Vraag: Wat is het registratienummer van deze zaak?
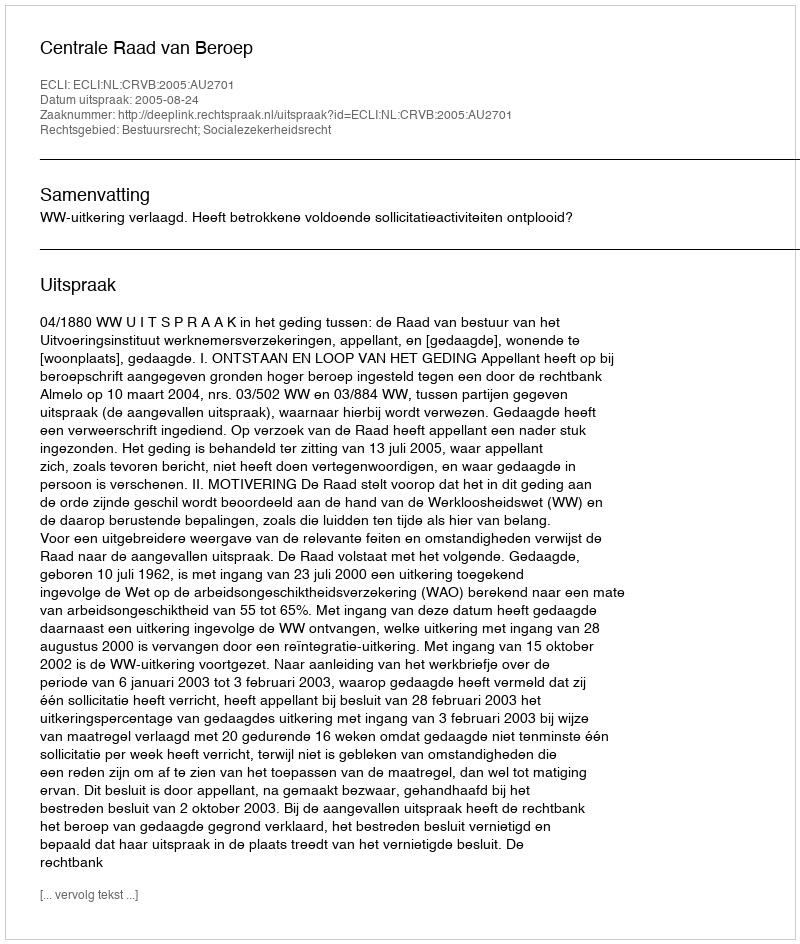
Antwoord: http://deeplink.rechtspraak.nl/uitspraak?id=ECLI:NL:CRVB:2005:AU2701